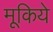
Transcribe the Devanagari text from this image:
मूकिये